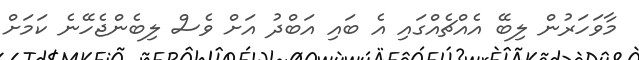
މާވަހަރުން ލިބޭ އެއްޗެއްގައި އެ ބައި އަބްދު އަށް ވެސް ލިބެންޖެހޭނެ ކަމަށް